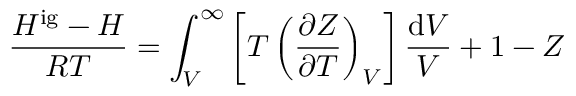
{ \frac { H ^ { \mathrm { i g } } - H } { R T } } = \int _ { V } ^ { \infty } \left[ T \left( { \frac { \partial Z } { \partial T } } \right) _ { V } \right] { \frac { \mathrm { d } V } { V } } + 1 - Z